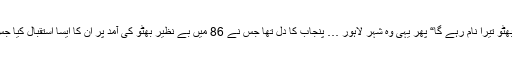
”زندہ ہے بھٹو زندہ ہے“ ”جیوے جیوے بھٹو جیوے“ ”جب تک سورج چاند رہے گا بھٹو تیرا نام رہے گا“ پھر یہی وہ شہر لاہور … پنجاب کا دل تھا جس نے 86 میں بے نظیر بھٹو کی آمد پر ان کا ایسا استقبال کیا جس کی مثال نہیں ملتی، پنجاب کے دل نے اپنا دل اپنی بی بی کے قدموں میں بچھا دیا۔